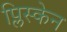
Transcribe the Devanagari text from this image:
प्लिस्केन